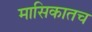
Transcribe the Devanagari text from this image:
मासिकातच